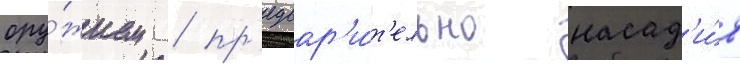
ору́жием / пр'едвар'и́т'ельно насад'и́в